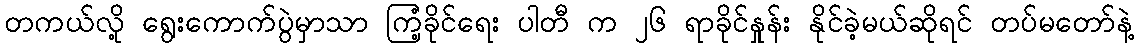
တကယ်လို့ ရွေးကောက်ပွဲမှာသာ ကြံ့ခိုင်ရေး ပါတီ က ၂၆ ရာခိုင်နှုန်း နိုင်ခဲ့မယ်ဆိုရင် တပ်မတော်နဲ့